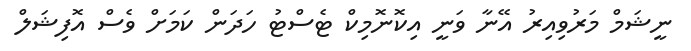
ނީޝަމް މަރުވިއިރު އޭނާ ވަނީ އިކޮނޮމިކް ޓެސްޓު ހަދަން ކަމަށް ވެސް އޮފިޝަލް